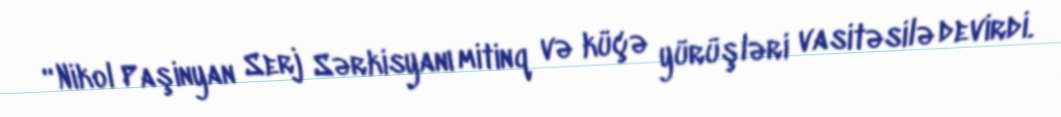
“Nikol Paşinyan Serj Sərkisyanı mitinq və küçə yürüşləri vasitəsilə devirdi.